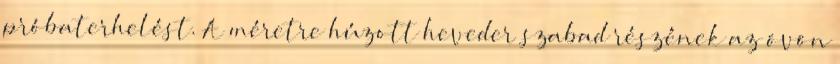
próbaterhelést. A méretre húzott heveder szabad részének az övön